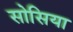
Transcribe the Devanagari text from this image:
सोसिया